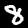
Label: 8